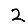
Digit: 2